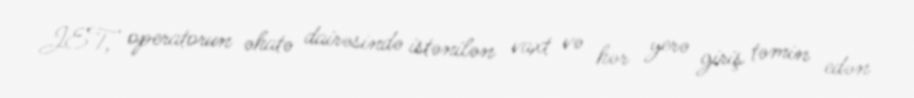
JET, operatorun əhatə dairəsində istənilən vaxt və hər yerə giriş təmin edən